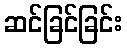
ဆင်ခြင်ခြင်း